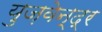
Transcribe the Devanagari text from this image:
युज़वेन्द्र